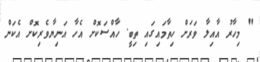
" މިހާރު އާއިލާ ވަރަށް ހިތާމައިގައި ތިބީ. ހާއްސަކޮށް އެހާ އަނިޔާވެރިކޮށް އެކަން